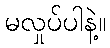
မလှုပ်ပါနဲ့။